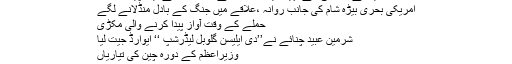
فیصلے مرضی سے نہیں آئین و قانون کے مطابق کرتے ہیں،چیف جسٹس
امریکی بحری بیڑہ شام کی جانب روانہ ،علاقے میں جنگ کے بادل منڈلانے لگے
حملے کے وقت آواز پیدا کرنے والی مکڑی
شرمین عبید چنائے نے’’دی ایلیسن گلوبل لیڈرشپ ‘‘ ایوارڈ جیت لیا
وزیراعظم کے دورہ چین کی تیاریاں
چکن اچار بنانے کی ترکیب